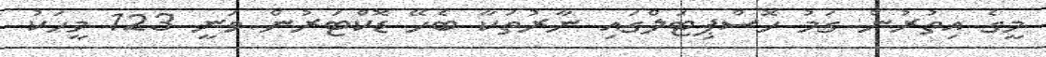
މީގެ އިތުރުން ގަމު ހޮސްޕިޓަލްގައި ނާރުތަކާ ބެހޭ ޑޮކްޓަރުން ވަނީ 123 މީހަކު